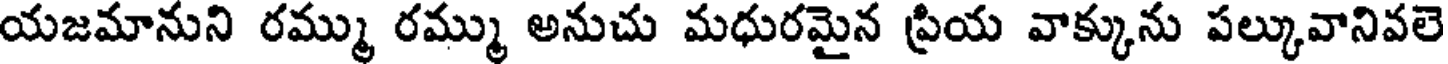
యజమానుని రమ్ము రమ్ము అనుచు మధురమైన ప్రియ వాక్కును పల్కువానివలె